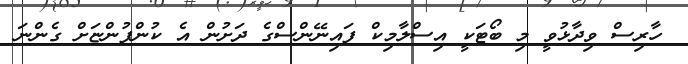
ހާރިސް ވިދާޅުވީ މި ބޯޓަކީ އިސްލާމިކް ފައިނޭންސްގެ ދަށުން އެ ކުންފުންޏަށް ގެންނަ